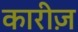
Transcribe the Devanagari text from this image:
कारीज़